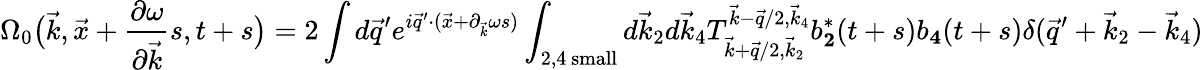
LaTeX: \Omega_{0}\big(\vec{k},\vec{x}+\frac{\partial\omega}{\partial\vec{k}}s,t+s\big)=2\int d\vec{q}^{\prime}e^{i\vec{q}^{\prime}\cdot(\vec{x}+\partial_{\vec{k}}\omega s)}\int_{2,4\mathrm{~small}}d\vec{k}_{2}d\vec{k}_{4}T_{\vec{k}+\vec{q}/2,\vec{k}_{2}}^{\vec{k}-\vec{q}/2,\vec{k}_{4}}b_{\mathbf 2}^{*}(t+s)b_{\mathbf 4}(t+s)\delta(\vec{q}^{\prime}+\vec{k}_{2}-\vec{k}_{4})